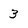
Character: 3